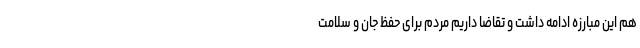
هم این مبارزه ادامه داشت و تقاضا داریم مردم برای حفظ جان و سلامت